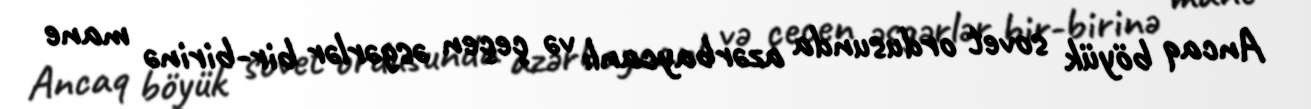
Ancaq böyük sovet ordusunda azərbaycanlı və çeçen əsgərlər bir-birinə mane